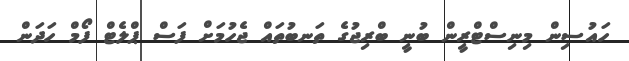
ހައުސިން މިނިސްޓްރީން ބުނީ ބްރިޖުގެ ތަނބުތައް ޖެހުމަށް ފަސް ޕްލެޓް ފޯމް ހަދަން